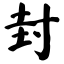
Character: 封